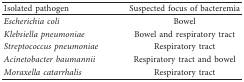
<table><thead><tr><td><b>Isolated pathogen</b></td><td><b>Suspected focus of bacteremia</b></td></tr></thead><tbody><tr><td><i>Escherichia coli</i></td><td>Bowel</td></tr><tr><td><i>Klebsiella pneumoniae</i></td><td>Bowel and respiratory tract</td></tr><tr><td><i>Streptococcus pneumoniae</i></td><td>Respiratory tract</td></tr><tr><td><i>Acinetobacter baumannii</i></td><td>Respiratory tract and bowel</td></tr><tr><td><i>Moraxella catarrhalis</i></td><td>Respiratory tract</td></tr></tbody></table>